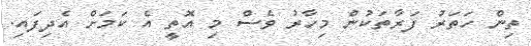
ތިން ހަތަރު ފަރާތަކުން މިހާރު ވެސް މި އޮތީ އެ ކަމަށް އެދިފައި.